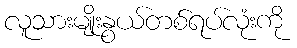
လူသားမျိုးနွယ်တစ်ရပ်လုံးကို